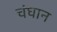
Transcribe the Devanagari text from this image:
चंघान